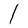
Character: I